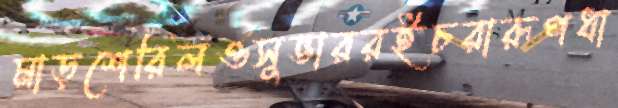
মাড়শেরিলওসুভাররইচরারূপধা